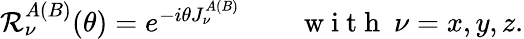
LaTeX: \begin{array}{r}{\mathcal{R}_{\nu}^{A(B)}(\theta)=e^{-i\theta J_{\nu}^{A(B)}}\qquad\mathrm{~w~i~t~h~}\ \nu=x,y,z.}\end{array}